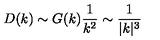
D ( k ) \sim G ( k ) { \frac { 1 } { k ^ { 2 } } } \sim { \frac { 1 } { | k | ^ { 3 } } }